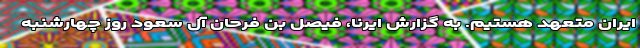
ایران متعهد هستیم. به گزارش ایرنا، فیصل بن فرحان آل سعود روز چهارشنبه